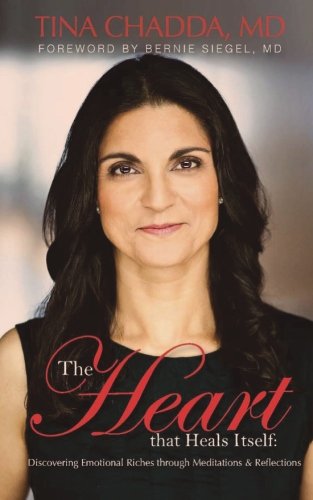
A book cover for The Heart That Heals Itself: Discovering Emotional Riches through Meditations & Reflections, Foreword by Bernie Siegel, MD; Tina Chadda MD; Health, Fitness & Dieting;